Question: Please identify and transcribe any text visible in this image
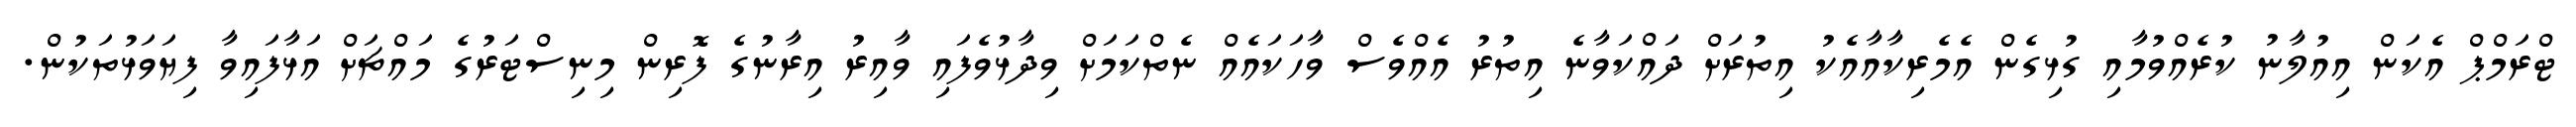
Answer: ޓްރަމްޕް އެކަން އިއުލާނު ކުރެއްވުމާއި ގުޅިގެން އެމެރިކާއާއެކު އިތުރަށް ދައްކަވާނެ އިތުރު އެއްވެސް ވާހަކައެއް ނެތްކަމަށް ވިދާޅުވެފައި ވާއިރު އިރާނުގެ ފޮރިން މިނިސްޓަރުގެ މައްޗަށް އަޅާފައިވާ ފިޔަވަޅުތަކުން.